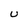
Character: U